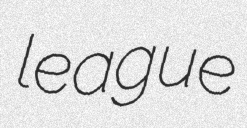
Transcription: league